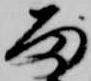
雨